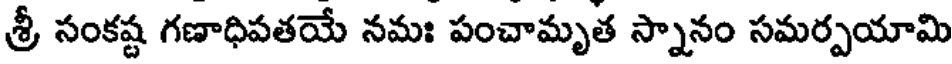
శ్రీ సంకష్ట గణాధిపతయే నమః పంచామృత స్నానం సమర్పయామి